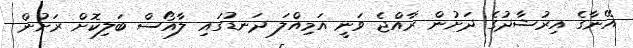
އޭނާގެ އިރުޝާދުގެ ދަށުން ރާއްޖެ ވަނީ އަމިއްލަ ދަނޑުގައި ލާއޯސް ބަލިކޮށް ރަށުން